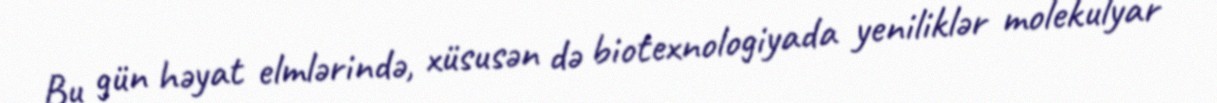
Bu gün həyat elmlərində, xüsusən də biotexnologiyada yeniliklər molekulyar